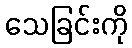
သေခြင်းကို